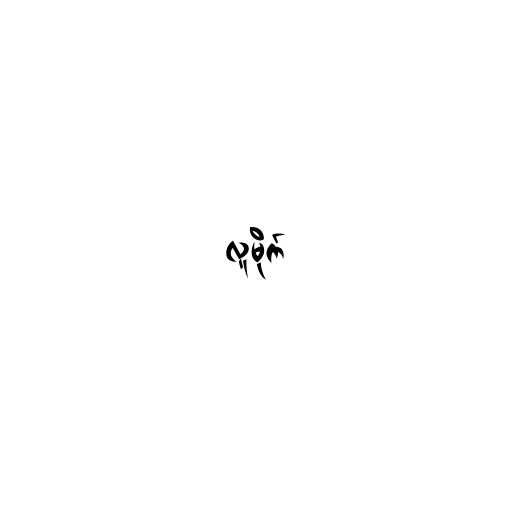
လူမိုက်